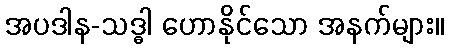
အပဒါန-သဒ္ဓါ ဟောနိုင်သော အနက်များ။